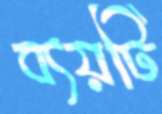
ব্যয়টি